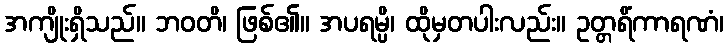
အကျိုးရှိသည်။ ဘဝတိ၊ ဖြစ်၏။ အပရမ္ပိ၊ ထိုမှတပါးလည်း။ ဥတ္တရိံကာရဏံ၊